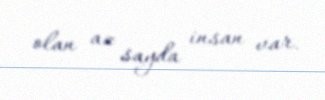
olan az sayda insan var.